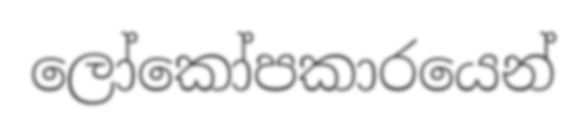
ලෝකෝපකාරයෙන්